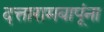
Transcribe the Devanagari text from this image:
दत्तारामबापूंना